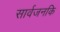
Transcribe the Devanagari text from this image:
सार्वजनकि